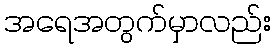
အရေအတွက်မှာလည်း